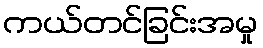
ကယ်တင်ခြင်းအမှု